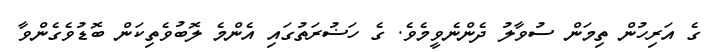
ގެ އަރިހުން ތިމަން ސުވާލު ދެންނެވީމެވެ. ގެ ހަޟުރަތުގައި އެންމެ ލޮބުވެތިކަން ބޮޑުވެގެންވާ